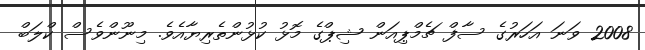
2008 ވަނަ އަހަރުގެ ސާފް ޗެމްޕިއަން ޝިޕްގެ މޮޅު ކުޅުންތެރިޔާއެވެ. މިނޫންވެސް ކްލަބް